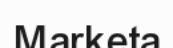
Marketa